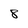
Character: 8